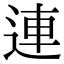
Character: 連